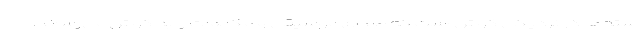
سته‌ها در نزدیکی گوش است که صدای موسیقی و مکالمات را به گوش می‌رساند.